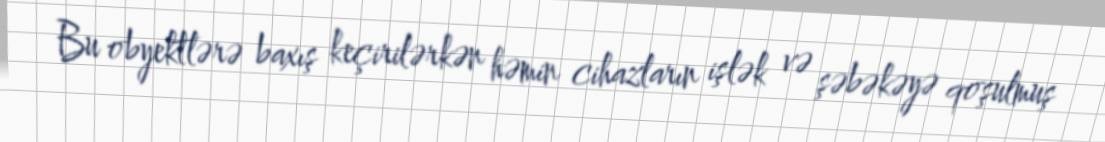
Bu obyektlərə baxış keçirilərkən həmin cihazların işlək və şəbəkəyə qoşulmuş